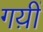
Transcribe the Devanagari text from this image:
गय़ीं